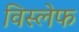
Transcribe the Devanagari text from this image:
विस्लेफ